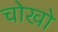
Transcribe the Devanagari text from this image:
चोखो